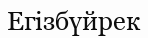
Егізбүйрек